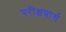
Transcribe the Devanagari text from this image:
परीक्षणार्थ